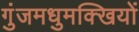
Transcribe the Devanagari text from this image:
गुंजमधुमक्खियों